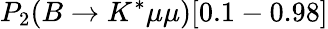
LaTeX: P_{2}(B\to K^{*}\mu\mu)[0.1-0.98]